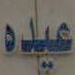
عبده